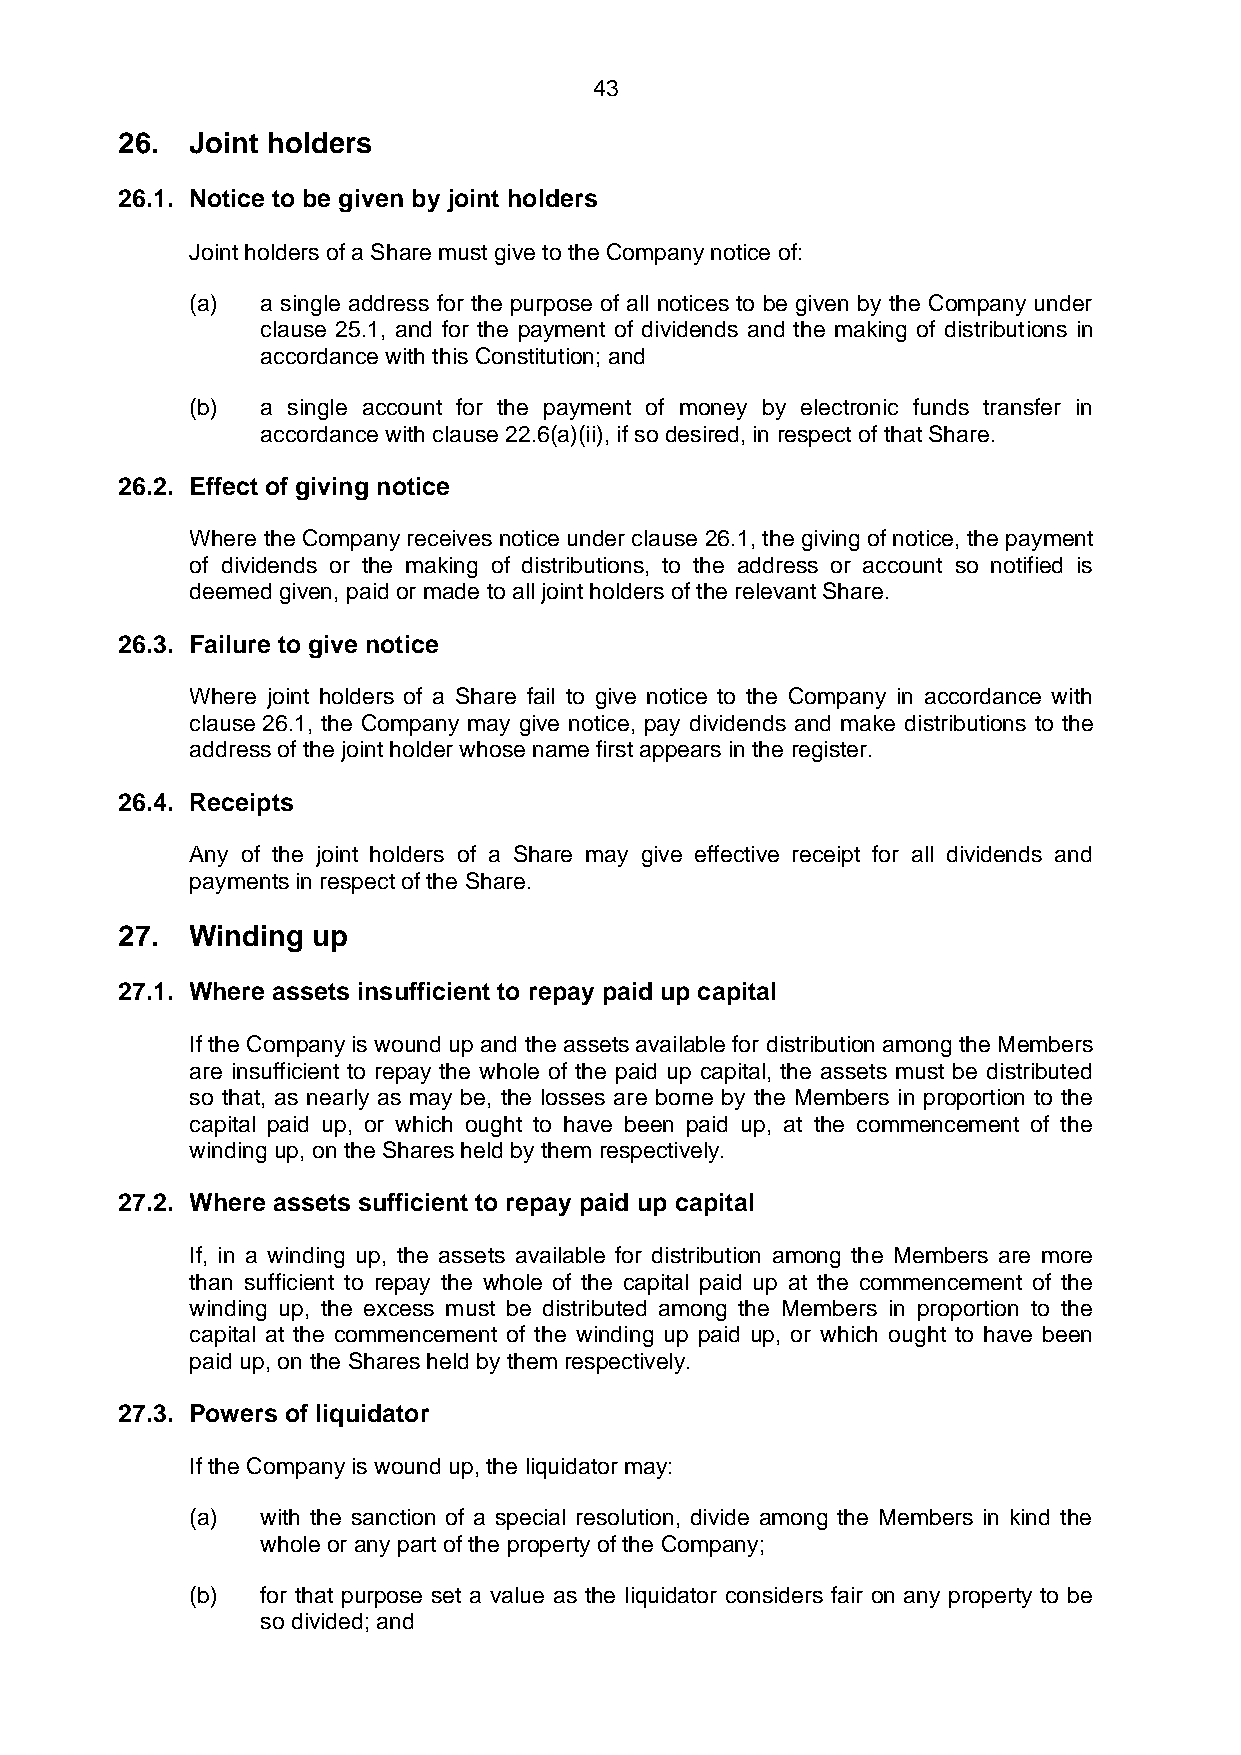
43
 26.  Joint holders
 26.1. Notice to be given by joint holders
 Joint holders of a Share must give to the Company notice of:
 (a) a single address for the purpose of all notices to be given by the Company under
 clause 25.1, and for the payment of dividends and the making of distributions in
 accordance with this Constitution; and
 (b) a single account for the payment of money by electronic funds transfer in
 accordance with clause 22.6(a)(ii), if so desired, in respect of that Share.
 26.2. Effect of giving notice
 Where the Company receives notice under clause 26.1, the giving of notice, the payment
 of dividends or the making of distributions, to the address or account so notified is
 deemed given, paid or made to all joint holders of the relevant Share.
 26.3. Failure to give notice
 Where joint holders of a Share fail to give notice to the Company in accordance with
 clause 26.1, the Company may give notice, pay dividends and make distributions to the
 address of the joint holder whose name first appears in the register.
 26.4. Receipts
 Any of the joint holders of a Share may give effective receipt for all dividends and
 payments in respect of the Share.
 27.  Winding up
 27.1. Where assets insufficient to repay paid up capital
 If the Company is wound up and the assets available for distribution among the Members
 are insufficient to repay the whole of the paid up capital, the assets must be distributed
 so that, as nearly as may be, the losses are borne by the Members in proportion to the
 capital paid up, or which ought to have been paid up, at the commencement of the
 winding up, on the Shares held by them respectively.
 27.2. Where assets sufficient to repay paid up capital
 If, in a winding up, the assets available for distribution among the Members are more
 than sufficient to repay the whole of the capital paid up at the commencement of the
 winding up, the excess must be distributed among the Members in proportion to the
 capital at the commencement of the winding up paid up, or which ought to have been
 paid up, on the Shares held by them respectively.
 27.3. Powers of liquidator
 If the Company is wound up, the liquidator may:
 (a) with the sanction of a special resolution, divide among the Members in kind the
 whole or any part of the property of the Company;
 (b) for that purpose set a value as the liquidator considers fair on any property to be
 so divided; and